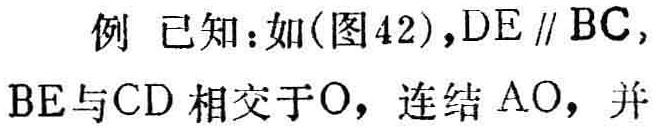
例 已知：如(图42)，$DE \parallel BC$，$BE$与$CD$相交于$O$，连结$AO$，并